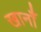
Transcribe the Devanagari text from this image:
खानाँ